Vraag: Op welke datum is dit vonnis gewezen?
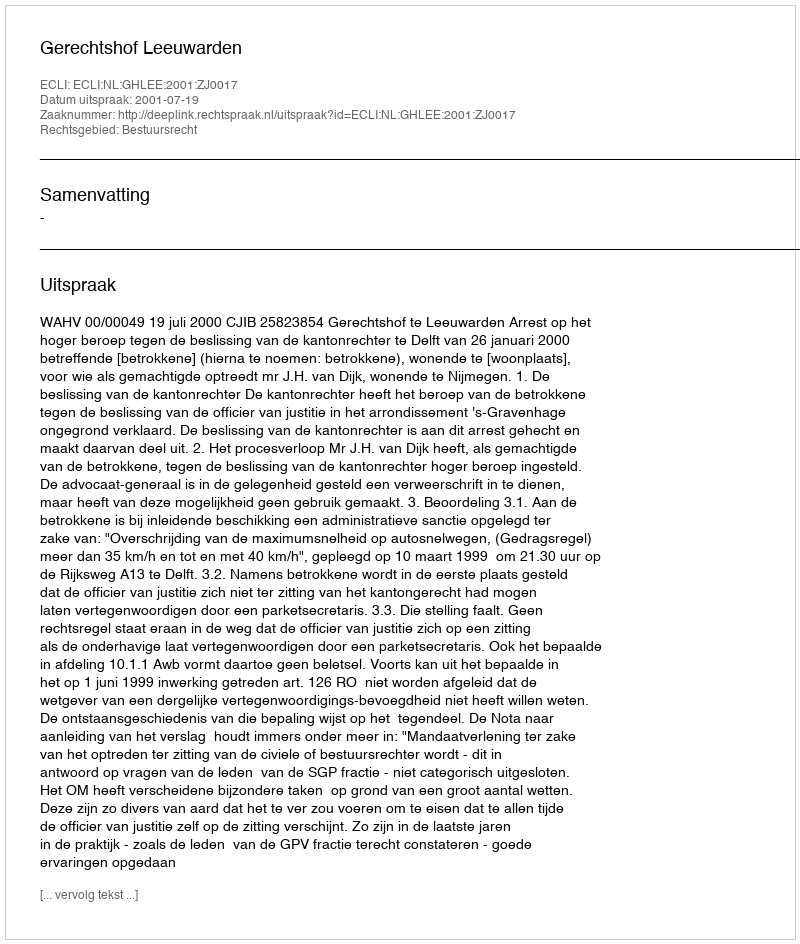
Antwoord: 2001-07-19